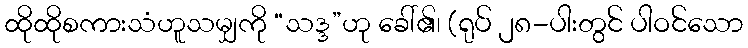
ထိုထိုစကားသံဟူသမျှကို “သဒ္ဒ”ဟု ခေါ်၏၊ (ရုပ် ၂၈-ပါးတွင် ပါဝင်သော